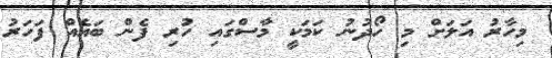
މިހާރު އަލަށް މި ހޯދުނު ކަމަކީ މާސްގައި ހުރި ފެން ބައެއް ފަހަރު